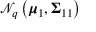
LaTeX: { \mathcal { N } } _ { q } \left( { \boldsymbol { \mu } } _ { 1 } , { \boldsymbol { \Sigma } } _ { 1 1 } \right)